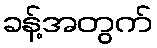
ခန့်အတွက်